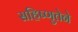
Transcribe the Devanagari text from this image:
सहिष्णुतेने